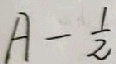
A - \frac { 1 } { 2 }